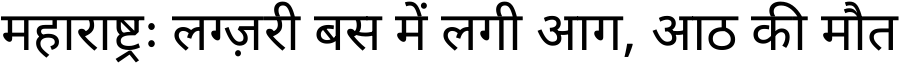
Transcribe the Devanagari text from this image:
महाराष्ट्रः लग्ज़री बस में लगी आग, आठ की मौत